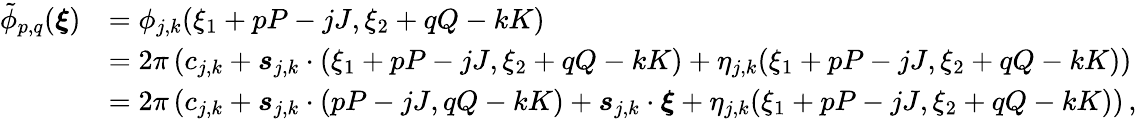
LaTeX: \begin{array}{rl}{\tilde{\phi}_{p,q}(\boldsymbol{\xi})}&{=\phi_{j,k}(\xi_{1}+pP-jJ,\xi_{2}+qQ-kK)}\\ &{=2\pi\left(c_{j,k}+\boldsymbol{s}_{j,k}\cdot(\xi_{1}+pP-jJ,\xi_{2}+qQ-kK)+\eta_{j,k}(\xi_{1}+pP-jJ,\xi_{2}+qQ-kK)\right)}\\ &{=2\pi\left(c_{j,k}+\boldsymbol{s}_{j,k}\cdot(pP-jJ,qQ-kK)+\boldsymbol{s}_{j,k}\cdot\boldsymbol{\xi}+\eta_{j,k}(\xi_{1}+pP-jJ,\xi_{2}+qQ-kK)\right)\, ,}\end{array}